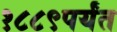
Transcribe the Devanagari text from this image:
१८८९पर्यंत